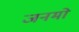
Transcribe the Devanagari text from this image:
जनमो